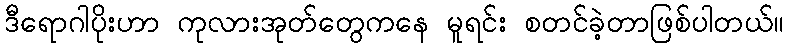
ဒီရောဂါပိုးဟာ ကုလားအုတ်တွေကနေ မူရင်း စတင်ခဲ့တာဖြစ်ပါတယ်။